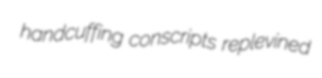
handcuffing conscripts replevined